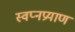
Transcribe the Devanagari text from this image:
स्वप्नप्रयाण